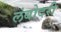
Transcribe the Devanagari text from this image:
लंबोदरी